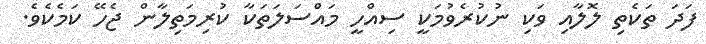
ފަދަ ތަކެތި ލޮލާއި ވަކި ނުކުރެވުމަކީ ސިއްހީ މައްސަލަތަކާ ކުރިމަތިލާން ޖެހޭ ކަމެކެވެ.